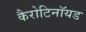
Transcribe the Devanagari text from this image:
कैरोटिनॉयड